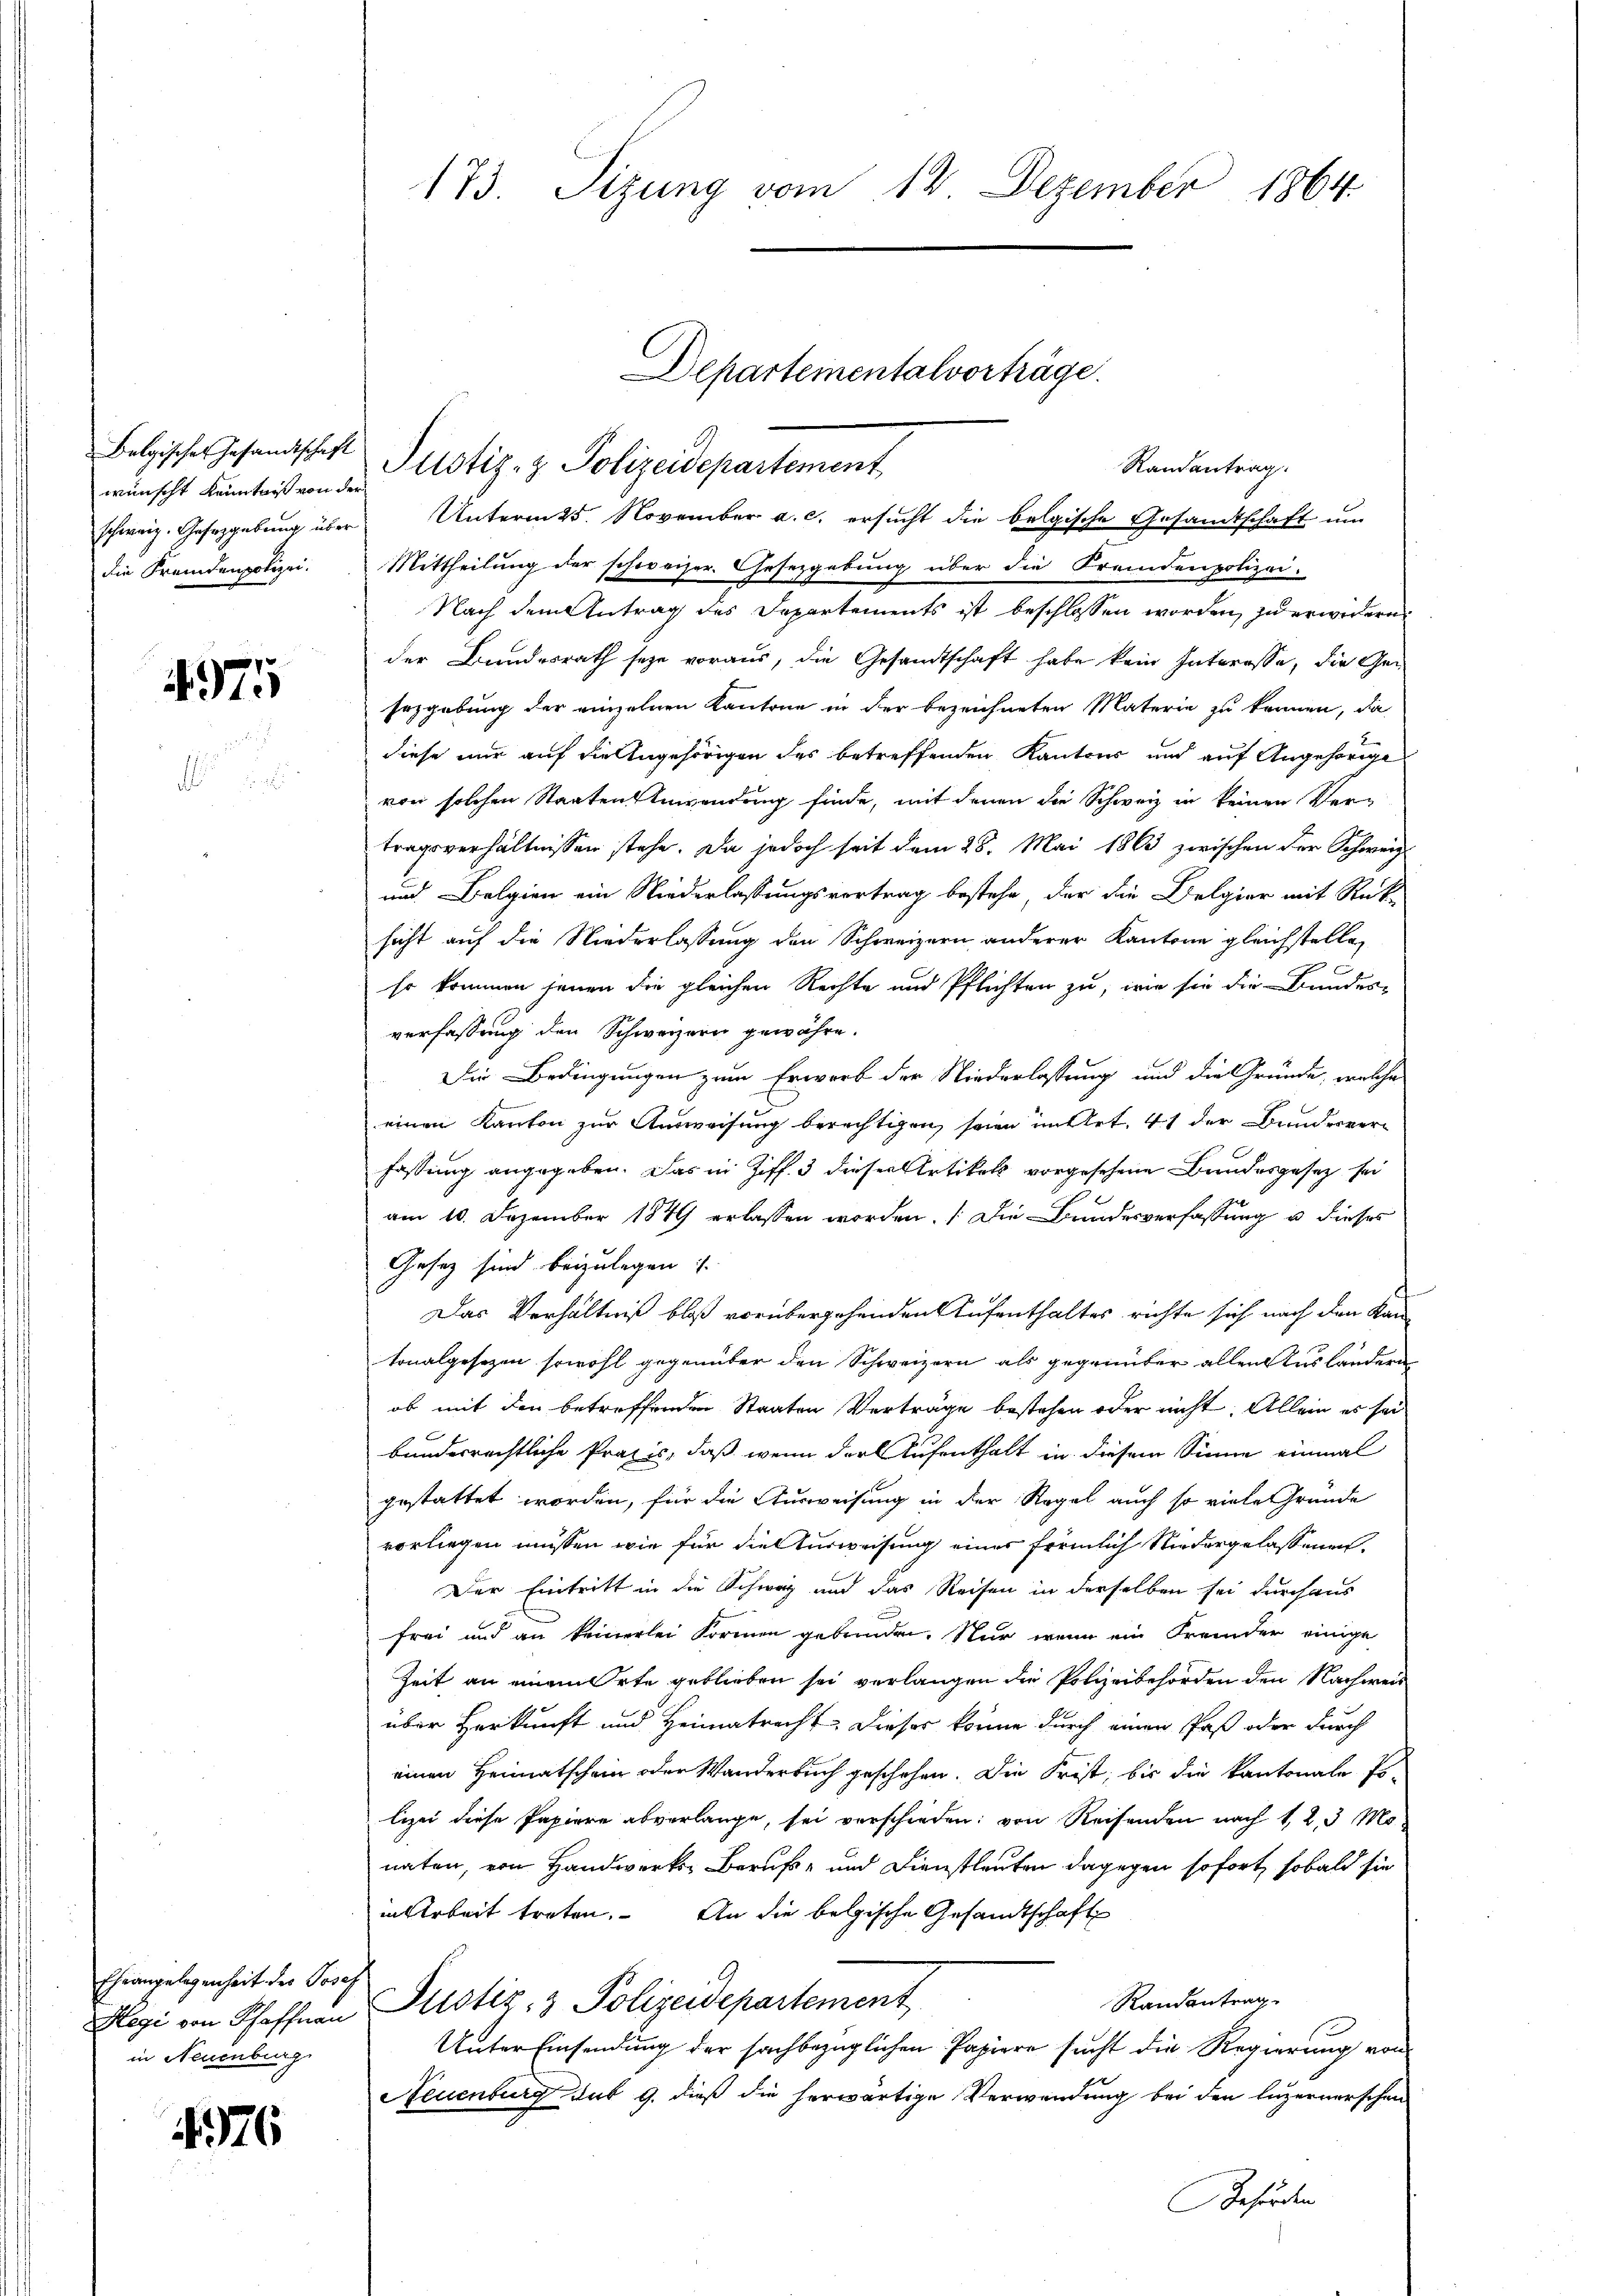
Belgischer Gesandtschaft
wünscht Kenntnis von der
schweiz. Gefizgebung über
die Fremdenpolizei.

4975

Ehe angelegenheit der Josef
Hegi von Schaffnau
in Neuenburg

4376

173. Sizung vom 12. Dezember 1864

Unterm 25. November a. c. ersucht die belgische Gesandtschaft um
Mittheilung der schweizer. Gesetzgebung über die Fremdenpolizei.
Nach dem Antrag des Departements ist beschlossen worden, zu erwidern
der Bundesrath seye voraus, die Gesandtschaft habe kein Interesse, die Gesozgebung der einzelnen Kantone in der bezeichneten Materie zu können, da
diese nur auf die Angehörigen des betreffenden Kantons und auf Angehörige
von solchen Staaten Anwendung finde, mit denen die Schweiz in keinen Ver-
tragsverhältnissen stehe. Da jedoch seit dem 28. Mai 1863 zwischen der Schweiz
und Belgien ein Niederlassungsvortrag bestehe, der die Delgier mit Rück-
sicht auf die Niederlassung den Schweizern anderer Kantone gleichstelle,
so kommen jenen die gleichen Rechte und Pflichten zu, wie sie die Bundes-
verfassung den Schweizern gewähre.
Die Bedingungen zum Erwerb der Niederlassung und die Gründe, welche
einen Kanton zur Ausweisung berechtigen seien untert. 41 der Bunderverfassung angegeben. Das in Ziff. 3 dieser Artikel vorgesehene Bundesgesetz sei
am 10. Dezember 1849 erlassen worden. Die Bandesverfassung u dieses
Gesetz sind beizulegen.
Das Verhältniß bloß vorübergehenden Aufenthaltes richte sich nach den Kan-
tonalgesezen sowohl gegenüber den Schweizern als gegrünter allen das Landern
ob mit den betreffenden Staaten Verträge bestehen oder nicht. Allein es sei.
bundesrechtliche Praxis, daß wenn der Aufenthalt in diesem Sinne einmal
gestattet worden, für die Ausweisung in der Regel auch so viele Gründe
vorliegen müssen, wie für die Verweisung einer förmlich Niedergelassenen.
Der Eintritt in die Schweiz und das Reifen in derselben sei durchaus
frei und an keinerlei Formen gebrinden. Nur wenn ein Fremder einige
Zeit an einem Orte geblieben sei verlangen die Polizeibehörden den Nachweis
über Herkunft und Heimatrecht. Dieser könne durch einen Paß oder durch
einen Heimatschein oder Wanderbuch geschehen. Die Frist, bis die Kantonale Erlizei diese Papiere abverlange, sei verschieden: von Reifenden nach 1, 2, 3 Monaten, von Handwerks Berufs- und Dienstleuten dagegen sofort, sobald sie
in Arbeit treten. An die belgische Gesandtschaft
Randantrag
Justiz- & Polizeidepartement
Unter Einsendung der sachbezüglichen Papiere sucht die Regierung von
Neuenburg sub 9. dieß die herwärtige Verwendung bei den Luzernerschen
Gehörden

Departementalvorträge.
Justiz- & Polizeidepartement
Randantrag.